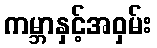
ကမ္ဘာနှင့်အဝှမ်း